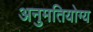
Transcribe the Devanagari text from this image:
अनुमतियोग्य